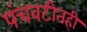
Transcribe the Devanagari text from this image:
पंचवटीतही